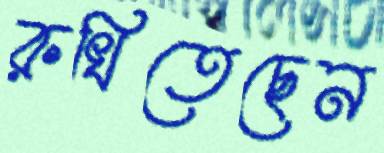
রুখিতেছেন